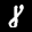
Label: 8